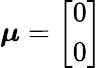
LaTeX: {\boldsymbol{\mu}}=\left[{\begin{array}{l}{0}\\ {0}\end{array}}\right]